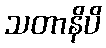
သတာနိပိ